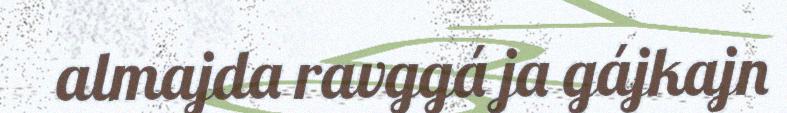
almajda ravggá ja gájkajn